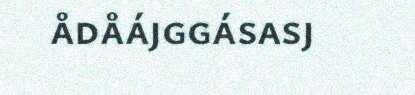
ådåájggásasj